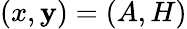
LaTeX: (x,\mathbf{y})=(A,H)